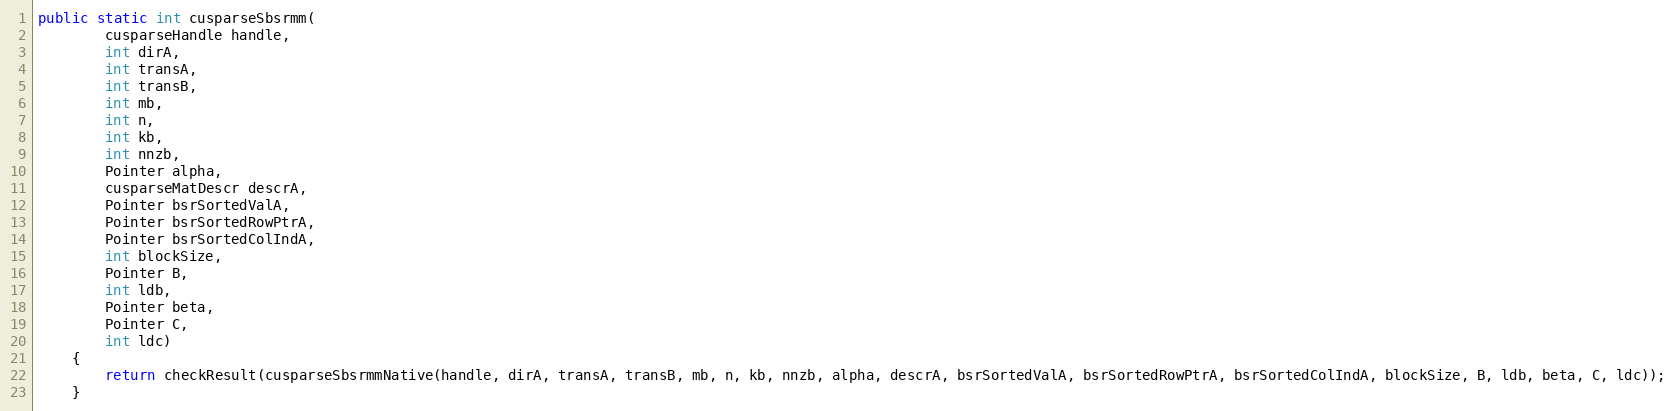
Language: Java
public static int cusparseSbsrmm(
        cusparseHandle handle,
        int dirA,
        int transA,
        int transB,
        int mb,
        int n,
        int kb,
        int nnzb,
        Pointer alpha,
        cusparseMatDescr descrA,
        Pointer bsrSortedValA,
        Pointer bsrSortedRowPtrA,
        Pointer bsrSortedColIndA,
        int blockSize,
        Pointer B,
        int ldb,
        Pointer beta,
        Pointer C,
        int ldc)
    {
        return checkResult(cusparseSbsrmmNative(handle, dirA, transA, transB, mb, n, kb, nnzb, alpha, descrA, bsrSortedValA, bsrSortedRowPtrA, bsrSortedColIndA, blockSize, B, ldb, beta, C, ldc));
    }